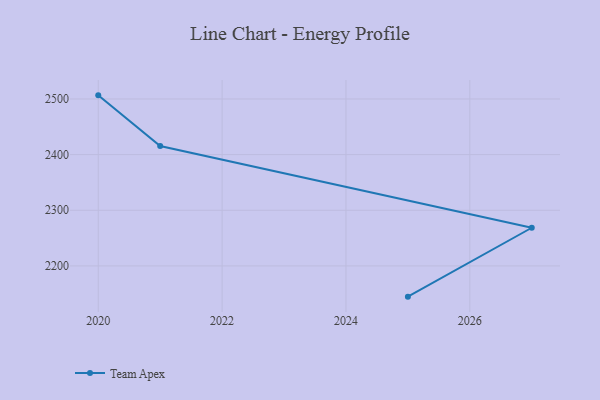
{"axis": {"x": "Year", "y": "Tickets Resolved"}, "legend": ["Team Apex"], "data": [{"x": "2025", "y": 2144.8, "type": "Team Apex"}, {"x": "2027", "y": 2268.6, "type": "Team Apex"}, {"x": "2021", "y": 2415.5, "type": "Team Apex"}, {"x": "2020", "y": 2506.5, "type": "Team Apex"}]}